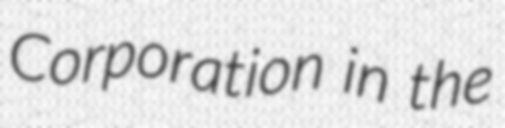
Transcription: Corporation in the